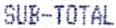
SUB-TOTAL